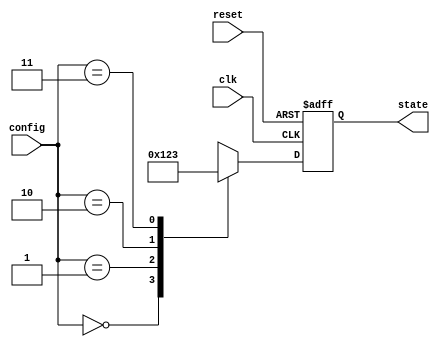
module ConfigurableInitialConditions (
    input wire clk,              // Clock signal
    input wire reset,            // Reset signal
    input wire [1:0] config,     // Configuration signal (2 bits for 4 states)
    output reg [3:0] state       // State variable (4 bits for example)
);

    // Define initial states based on configuration
    localparam STATE_0 = 4'b0000; // Initial state for config = 2'b00
    localparam STATE_1 = 4'b0001; // Initial state for config = 2'b01
    localparam STATE_2 = 4'b0010; // Initial state for config = 2'b10
    localparam STATE_3 = 4'b0011; // Initial state for config = 2'b11

    // State update logic
    always @(posedge clk or posedge reset) begin
        if (reset) begin
            // Reset to a default initial state
            state <= STATE_0; // Default state on reset
        end else begin
            // Update state based on configuration
            case (config)
                2'b00: state <= STATE_0; // Set state based on config
                2'b01: state <= STATE_1;
                2'b10: state <= STATE_2;
                2'b11: state <= STATE_3;
                default: state <= STATE_0; // Default case
            endcase
        end
    end

endmodule